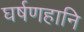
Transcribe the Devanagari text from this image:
घर्षणहानि